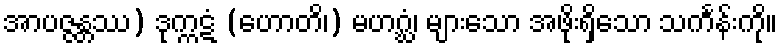
အာပဇ္ဇန္တဿ) ဒုက္ကဋံ (ဟောတိ၊) မဟဂ္ဃံ၊ များသော အဖိုးရှိသော သင်္ကန်းကို။